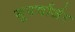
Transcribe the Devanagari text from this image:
सुपर्चार्जर